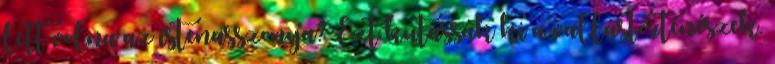
lett volna az istenasszonya? Ezt kutassák ki a vallástörténészek.